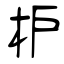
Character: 枦